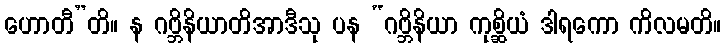
ဟောတီ”တိ။ န ဂဗ္ဘိနိယာတိအာဒီသု ပန “ဂဗ္ဘိနိယာ ကုစ္ဆိယံ ဒါရကော ကိလမတိ။